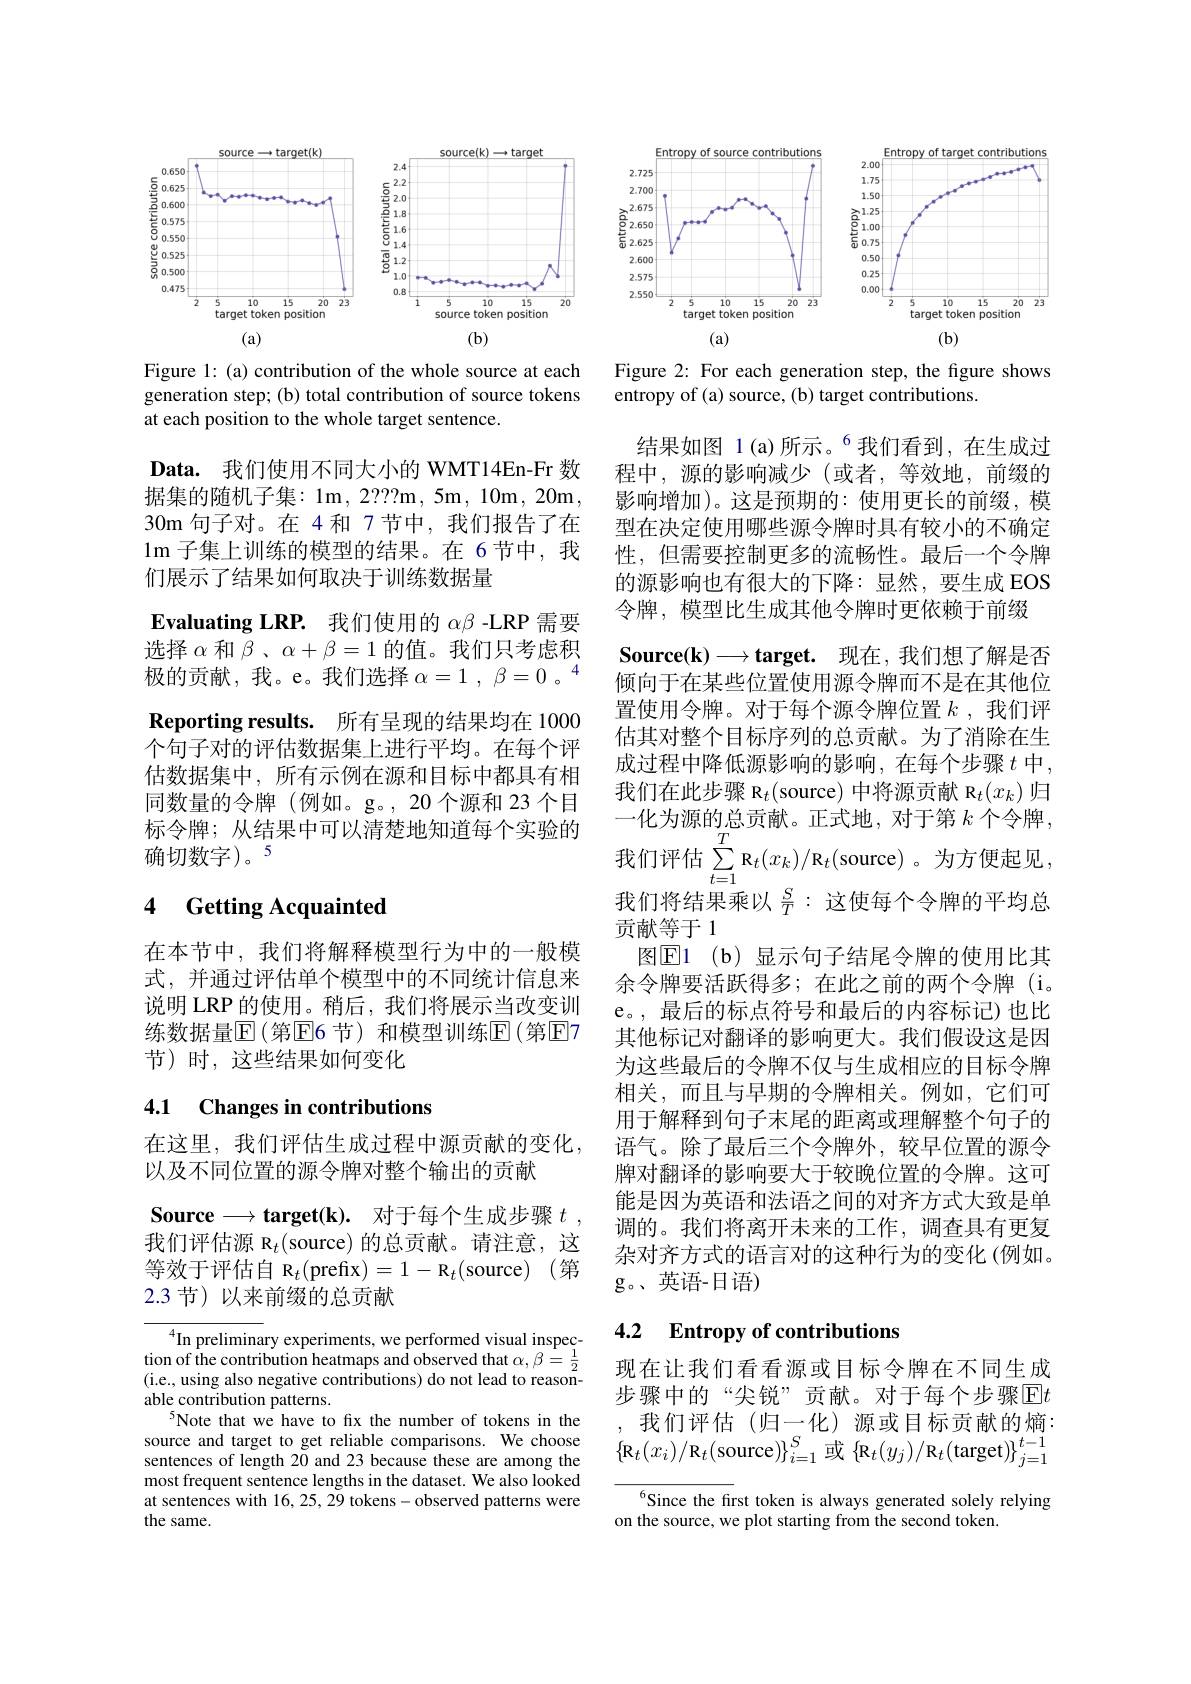
<FigureHere>

Figure 1: (a) contribution of the whole source at each generation step; (b) total contribution of source tokens at each position to the whole target sentence.

$\textbf{Data. 我 们 使 用 不 同 大 小 的 WMT14En- Fr 数 }$ 据集的随机子集：1m,2???m,5m,10m,20m, 30m 句子对。在 4和 7 节中，我们报告了在lm子集上训练的模型的结果。在 6节中，我们展示了结果如何取决于训练数据量
Evaluating LRP. 我们使用的$\alpha\beta$ -LRP 需要选择$\alpha$和$\beta$ , $\alpha + \beta = 1$的值。我们只考虑积极的贡献，我。e。我们选择$\alpha=1,\beta=0\mathrm{~。}^{4}$ Reporting results. 所有呈现的结果均在 1000个句子对的评估数据集上进行平均。在每个评估数据集中，所有示例在源和目标中都具有相同数量的令牌(例如。g。,20个源和 23 个目标令牌；从结果中可以清楚地知道每个实验的确切数字)。5

## 4 Getting Acquainted

在本节中，我们将解释模型行为中的一般模式，并通过评估单个模型中的不同统计信息来说明 LRP 的使用。稍后，我们将展示当改变训练数据量E(第E6 节)和模型训练E|(第E7节)时，这些结果如何变化

## 4.1 Changes in contributions

在这里，我们评估生成过程中源贡献的变化，
以及不同位置的源令牌对整个输出的贡献

$\mathbf{Source}\longrightarrow \mathbf{target( k) . }$ 对于每个生成步骤 $t$ , 我们评估源 R$_t($source)的总贡献。请注意，这等效于评估自 R$_t($prefix$)=1-\mathrm{R}_t($source)(第2.3节)以来前缀的总贡献

${^4}$In preliminary experiments, we performed visual inspection of the contribution heatmaps and observed that $\alpha,\beta=\frac{1}{2}$ (i.e., using also negative contributions) do not lead to reasonable contribution patterns.
$^{5}$Note that we have to fix the number of tokens in the source and target to get reliable comparisons. We choose sentences of length 20 and 23 because these are among the most frequent sentence lengths in the dataset. We also looked at sentences with 16,25,29 tokens-observed patterns were the same.

<FigureHere>

Figure 2: For each generation step, the figure shows
entropy of (a) source, (b) target contributions.

结果如图 1(a)所示。$^{6}$我们看到，在生成过程中，源的影响减少(或者，等效地，前缀的影响增加)。这是预期的：使用更长的前缀，模型在决定使用哪些源令牌时具有较小的不确定性，但需要控制更多的流畅性。最后一个令牌的源影响也有很大的下降：显然，要生成 EOS 令牌，模型比生成其他令牌时更依赖于前缀
$\mathbf{Source( k) }\longrightarrow \mathbf{target. }$ 现在，我们想了解是否倾向于在某些位置使用源令牌而不是在其他位置使用令牌。对于每个源令牌位置$k$ ,我们评估其对整个目标序列的总贡献。为了消除在生成过程中降低源影响的影响，在每个步骤 $t$ 中， 我们在此步骤 R$_t($source) 中将源贡献 R$_t(x_k)$归一化为源的总贡献。正式地，对于第$k$个令牌， 我们评估$\sum_t=1^{T}\mathbf{R}_{t}(x_{k})/\mathbf{R}_{t}($source)。为方便起见我们将结果乘以$\frac ST:$这使每个令牌的平均总贡献等于1
图$\overline{\mathrm{E}}$1 (b) 显示句子结尾令牌的使用比其余令牌要活跃得多；在此之前的两个令牌(i。e。,最后的标点符号和最后的内容标记)也比其他标记对翻译的影响更大。我们假设这是因为这些最后的令牌不仅与生成相应的目标令牌相关，而且与早期的令牌相关。例如，它们可用于解释到句子末尾的距离或理解整个句子的语气。除了最后三个令牌外，较早位置的源令牌对翻译的影响要大于较晚位置的令牌。这可能是因为英语和法语之间的对齐方式大致是单调的。我们将离开未来的工作，调查具有更复杂对齐方式的语言对的这种行为的变化(例如。g。、英语-日语)

### 4.2 $\textbf{Entropy of contributions}$

现在让我们看看源或目标令牌在不同生成步骤中的“尖锐”贡献。对于每个步骤$\boxed{\mathrm{E}}t$ ,我们评估(归一化)源或目标贡献的熵： $\{\mathbf{R}_{t}(x_{i})/\mathbf{R}_{t}($source$)\}_i=1^{S}$或$\left\{\mathbf{R}_{t}(y_{j})/\mathbf{R}_{t}(\mathrm{target})\right\}_{j=1}^{t-1}$

${^{6}}$Since the first token is always generated solely relying
on the source, we plot starting from the second token.